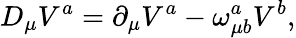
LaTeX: D_{\mu}V^{a}=\partial_{\mu}V^{a}-\omega_{\mu b}^{a}V^{b},